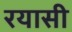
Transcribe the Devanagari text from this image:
रयासी